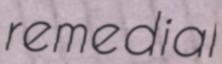
remedial